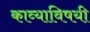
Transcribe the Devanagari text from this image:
काव्याविषयी